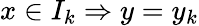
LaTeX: x\in I_{k}\Rightarrow y=y_{k}